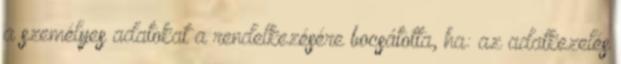
a személyes adatokat a rendelkezésére bocsátotta, ha: az adatkezelés